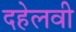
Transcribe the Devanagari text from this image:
दहेलवी